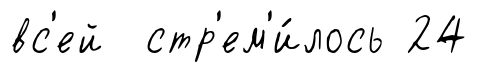
вс'ей стр'ем'и́лось 24